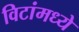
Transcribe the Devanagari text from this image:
विटांमध्ये